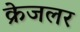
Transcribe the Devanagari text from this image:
क्रेजलर